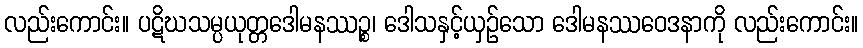
လည်းကောင်း။ ပဋိဃသမ္ပယုတ္တဒေါမနဿဉ္စ၊ ဒေါသနှင့်ယှဉ်သော ဒေါမနဿဝေဒနာကို လည်းကောင်း။